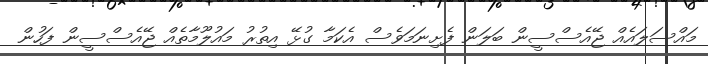
މައްސަލައެއް ޖޭއެސްސީން ބަލަން ފެށިނަމަވެސް އެކަމާ ގުޅޭ އިތުރު މައުލޫމާތެއް ޖޭއެސްސީން ފަހުން